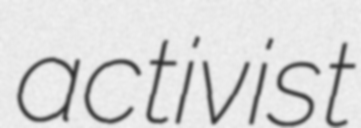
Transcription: activist